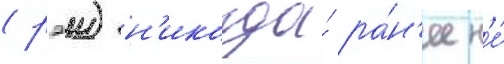
(рэи) н'икогда́ ра́н'ее н'е́